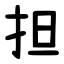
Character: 担